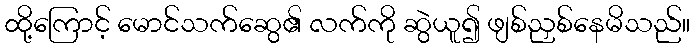
ထို့ကြောင့် မောင်သက်ဆွေ၏ လက်ကို ဆွဲယူ၍ ဖျစ်ညှစ်နေမိသည်။